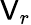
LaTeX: \mathsf{V}_{r}